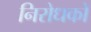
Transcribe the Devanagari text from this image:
निरोधको